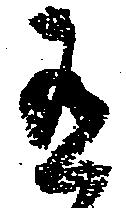
有